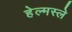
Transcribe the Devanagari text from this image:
हेल्मस्ले